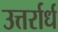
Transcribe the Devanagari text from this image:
उत्तर्रार्ध